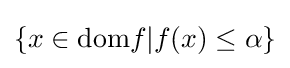
\{x\in {\mbox{dom}}f\vert f(x)\leq \alpha \}